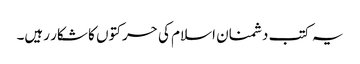
یہ کتب دشمنان اسلام کی حرکتوں کا شکار رہیں۔